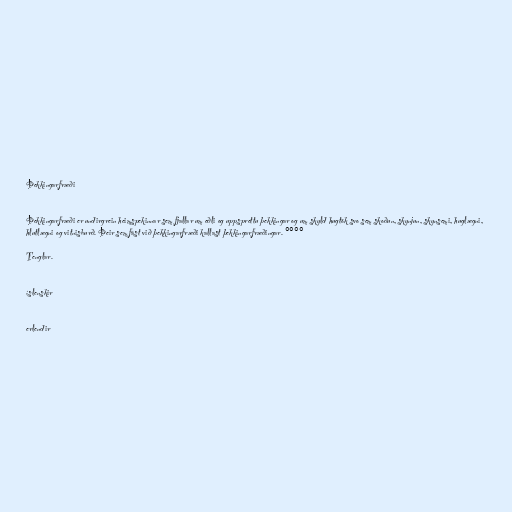
Þekkingarfræði

Þekkingarfræði er undirgrein heimspekinnar sem fjallar um eðli og uppsprettu þekkingar og um skyld hugtök svo sem skoðun, skynjun, skynsemi, huglægni,
hlutlægni og vitnisburð. Þeir sem fást við þekkingarfræði kallast þekkingarfræðingar. °°°°

Tenglar.

íslenskir

erlendir